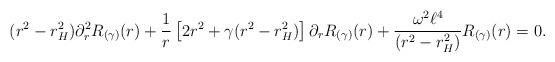
LaTeX: \begin{align*} (r^2 - r_{H}^2 ) \partial_{r}^2 R_{(\gamma)}(r) + \frac{1}{r} \left[ 2 r^2 + \gamma (r^2 - r_{H}^2) \right]\partial_{r} R_{(\gamma)}(r) + \frac{\omega^2 \ell^4}{(r^2 - r_{H}^2)} R_{(\gamma)}(r) = 0.\end{align*}